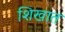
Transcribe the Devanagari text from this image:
शिखात